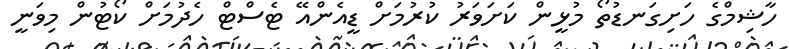
ހާޝިމްގެ ހަށިގަނޑުތޯ މުޅީން ކަށަވަރު ކުރުމަށް ޑީއެންއޭ ޓެސްޓް ހެދުމަށް ކޯޓުން މިވަނީ